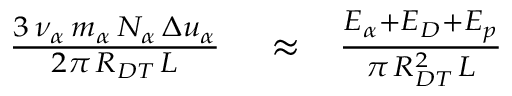
\begin{array} { r l r } { \frac { 3 \, \nu _ { \alpha } \, m _ { \alpha } \, N _ { \alpha } \, \Delta u _ { \alpha } } { 2 \pi \, R _ { D T } \, L } } & { { } \approx } & { \frac { E _ { \alpha } + E _ { D } + E _ { p } } { \pi \, R _ { D T } ^ { 2 } \, L } } \end{array}